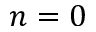
n = 0